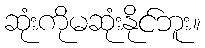
ဆုံးကိုမဆုံးနိုင်ဘူး။